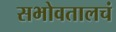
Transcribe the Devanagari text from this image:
सभोवतालचं